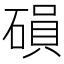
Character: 磒